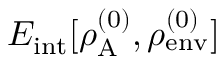
E _ { \mathrm { i n t } } [ \rho _ { \mathrm { A } } ^ { ( 0 ) } , \rho _ { \mathrm { e n v } } ^ { ( 0 ) } ]